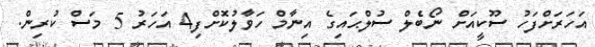
އަހަރަށްފަހު ސޫކީއަށް ނޯބެލް ސުލްޙައިގެ އިނާމް ހަވާލުކޮށްފި4 އަހަރު 5 މަސް ކުރިން.